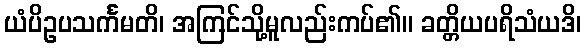
ယံပိဥပသင်္ကမတိ၊ အကြင်သို့မူလည်းကပ်၏။ ခတ္တိယပရိသံယဒိ၊